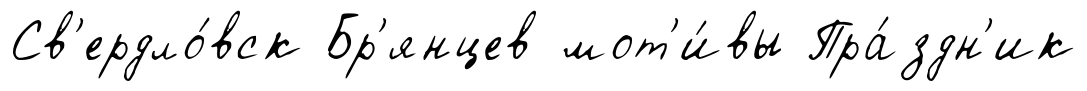
Св'ердло́вск Бр'янцев мот'и́вы Пра́здн'ик